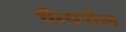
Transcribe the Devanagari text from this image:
चैत्यशैल